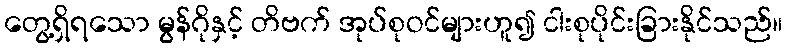
တွေ့ရှိရသော မွန်ဂိုနှင့် တိဗက် အုပ်စုဝင်များဟူ၍ ငါးစုပိုင်းခြားနိုင်သည်။